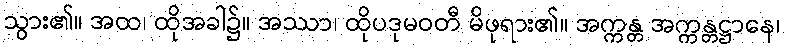
သွား၏။ အထ၊ ထိုအခါ၌။ အဿာ၊ ထိုပဒုမဝတီ မိဖုရား၏။ အက္ကန္တ အက္ကန္တဋ္ဌာနေ၊